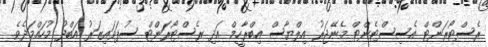
ރެސްޓޯރަންޓް އެސިސްޓެންޓް މެނޭޖަރު އިލްޔާސް އިބްރާހީމް އަދި ރެސްޓޯރަންޓް ސުޕަވައިޒަރު އަބްދު މުހައްމަދެވެ.